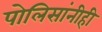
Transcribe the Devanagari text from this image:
पोलिसांनीही